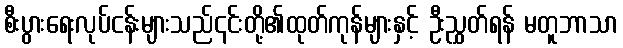
စီးပွားရေးလုပ်ငန်းများသည်၎င်းတို့၏ထုတ်ကုန်များနှင့် ဦးညွှတ်ရန် မတူဘာသာ